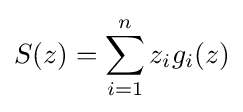
S(z)=\sum _{i=1}^{n}z_{i}g_{i}(z)